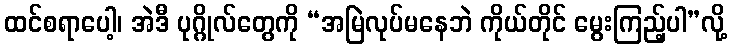
ထင်စရာပေါ့၊ အဲဒီ ပုဂ္ဂိုလ်တွေကို “အမြဲလုပ်မနေဘဲ ကိုယ်တိုင် မွေးကြည့်ပါ”လို့